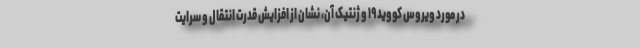
در مورد ویروس کووید ۱۹ و ژنتیک آن، نشان از افزایش قدرت انتقال و سرایت